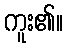
ကူး၏။